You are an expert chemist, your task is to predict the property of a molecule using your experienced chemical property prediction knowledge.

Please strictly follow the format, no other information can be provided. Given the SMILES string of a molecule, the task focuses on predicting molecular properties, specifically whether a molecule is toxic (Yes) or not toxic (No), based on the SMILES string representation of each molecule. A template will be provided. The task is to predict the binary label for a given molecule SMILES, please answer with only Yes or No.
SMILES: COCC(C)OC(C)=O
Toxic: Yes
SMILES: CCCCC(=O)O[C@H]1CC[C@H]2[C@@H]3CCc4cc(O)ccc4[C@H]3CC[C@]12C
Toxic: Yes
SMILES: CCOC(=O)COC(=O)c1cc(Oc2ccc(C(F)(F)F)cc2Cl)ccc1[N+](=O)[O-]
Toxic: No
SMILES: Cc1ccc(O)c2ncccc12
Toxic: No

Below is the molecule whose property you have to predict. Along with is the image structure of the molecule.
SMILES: Cn1cnc2c(F)c(Nc3ccc(Br)cc3Cl)c(C(=O)NOCCO)cc21
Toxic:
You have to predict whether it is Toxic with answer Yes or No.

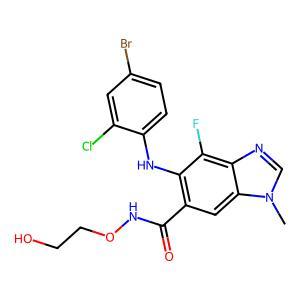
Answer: No